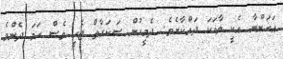
އަހަންނާ އެކީ ވާހަކަ ދައްކާށެވެ. ދެމީހުން ސަކަރާތް ޖެހީ ވެސް ހަމަ ދެންމެ